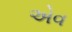
એવ